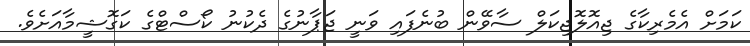
ކަމަށް އެމެރިކާގެ ޖިއޮލޮޖިކަލް ސާވޭން ބުނެފައި ވަނީ ޖަޕާނުގެ ދެކުނު ކޯސްޓްގެ ކަގޮޝީމާއަށެވެ.